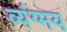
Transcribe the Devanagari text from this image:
व्यंग्मय